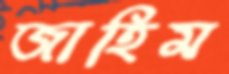
জাহিম